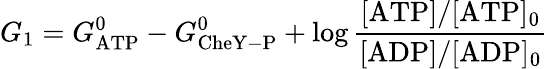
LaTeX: G_{1}=G_{\mathrm{ATP}}^{0}-G_{\mathrm{CheY-P}}^{0}+\log\frac{[\mathrm{ATP}]/[\mathrm{ATP}]_{0}}{[\mathrm{ADP}]/[\mathrm{ADP}]_{0}}